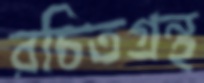
রচিতগ্রন্থ